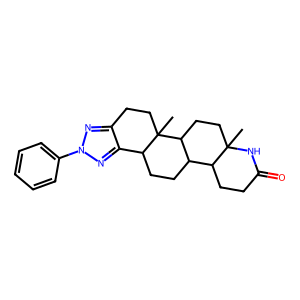
SMILES: CC12CCC3C(CCC4c5nn(-c6ccccc6)nc5CCC43C)C1CCC(=O)N2
Inhibits HIV replication: No